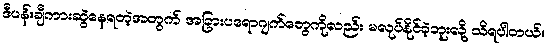
ဒီပန်းချီကားဆွဲနေရတဲ့အတွက် အခြားပရောဂျက်တွေကိုလည်း မလုပ်နိုင်ခဲ့ဘူးလို့ သိရပါတယ်။